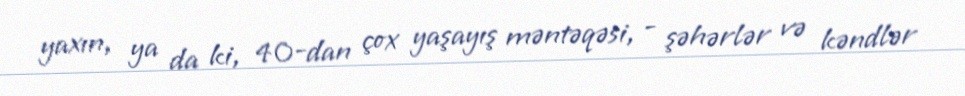
yaxın, ya da ki, 40-dan çox yaşayış məntəqəsi, - şəhərlər və kəndlər